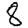
Digit: 8